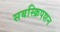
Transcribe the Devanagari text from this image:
सबस्क्रिपशन